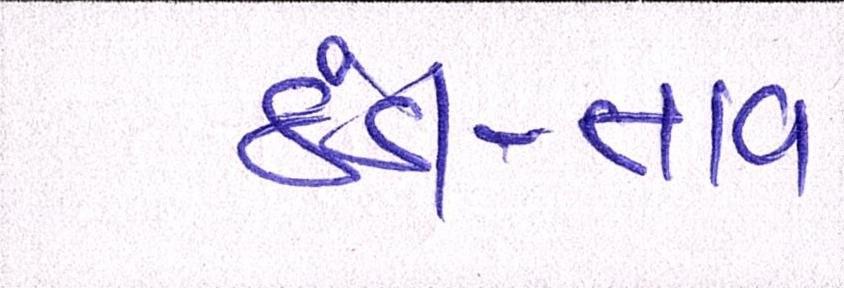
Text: ઠંડી-તાવ